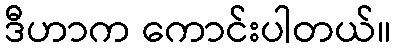
ဒီဟာက ကောင်းပါတယ်။